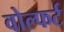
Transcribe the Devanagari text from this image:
वोल्फर्ट